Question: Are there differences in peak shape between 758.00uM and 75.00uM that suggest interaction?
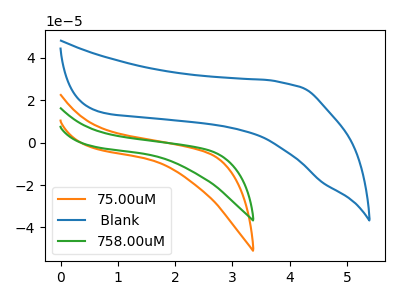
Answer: <think>The orange curve "75.00uM" has no peaks. The blue curve " Blank" has no peaks. The green curve "758.00uM" has no peaks.
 Neither "758.00uM" or "75.00uM" have any peaks.</think>
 <answer>No, "758.00uM" and "75.00uM" don't appear to be significantly different in shape</answer>
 <eval>no_change</eval>